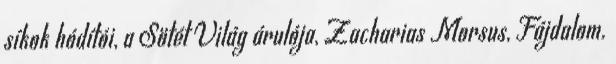
síkok hódítói, a Sötét Világ árulója, Zacharias Morsus, Fájdalom.